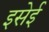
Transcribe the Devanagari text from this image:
इसेई